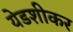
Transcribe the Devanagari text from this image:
येडशीकर